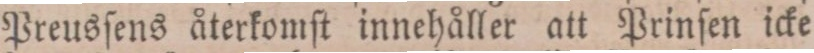
Preusſens återkomſt innehåller att Prinſen icke